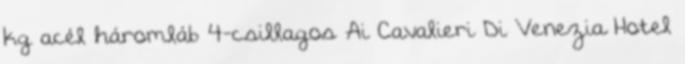
kg acél háromláb 4-csillagos Ai Cavalieri Di Venezia Hotel